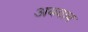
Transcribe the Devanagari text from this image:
अबवाब